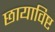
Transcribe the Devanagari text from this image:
छायाविष्ट